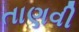
તાણવી